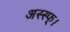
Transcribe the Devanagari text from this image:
अस्स्फ्।